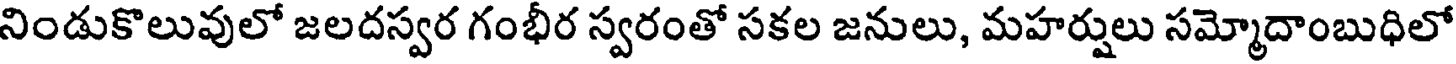
నిండుకొలువులో జలదస్వర గంభీర స్వరంతో సకల జనులు, మహర్షులు సమ్మోదాంబుధిలో